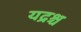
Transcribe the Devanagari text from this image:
यद्रश्च